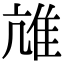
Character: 𨾒